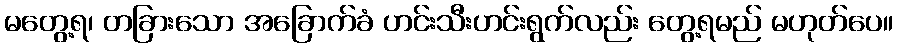
မတွေ့ရ၊ တခြားသော အခြောက်ခံ ဟင်းသီးဟင်းရွက်လည်း တွေ့ရမည် မဟုတ်ပေ။